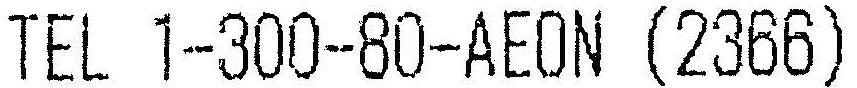
TEL 1-300-80-AEON (2366)